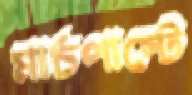
মার্চপাস্টে